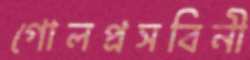
গোলপ্রসবিনী